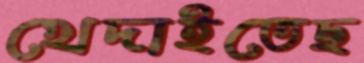
খেদাইতেছ